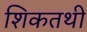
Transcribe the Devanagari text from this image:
शिकतथी